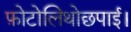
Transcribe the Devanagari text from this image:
फ़ोटोलिथोछपाई।